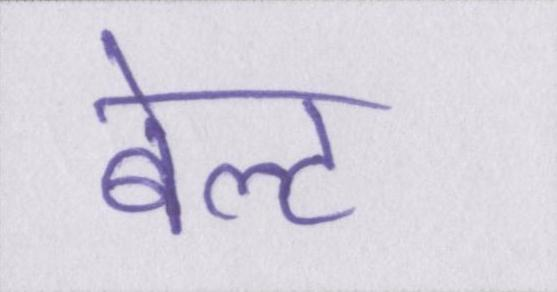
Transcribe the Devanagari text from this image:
बेल्ट